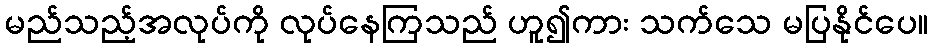
မည်သည့်အလုပ်ကို လုပ်နေကြသည် ဟူ၍ကား သက်သေ မပြနိုင်ပေ။